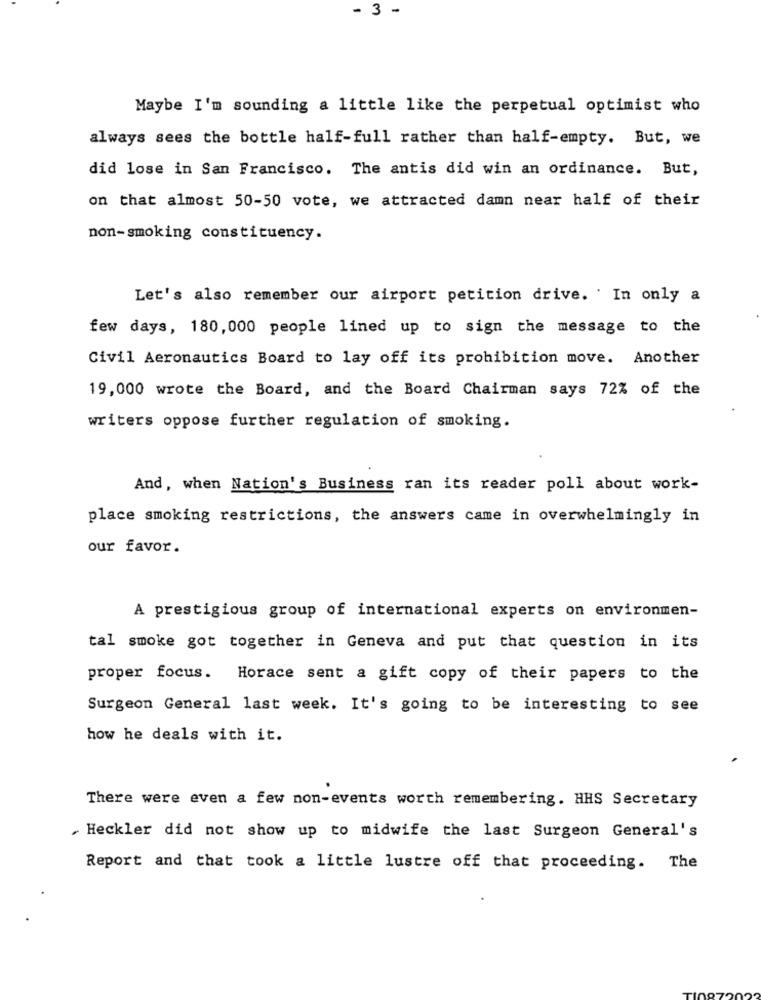
- 3 -
Maybe I'm sounding a little like the perpetual optimist who
always sees the bottle half-full rather than half-empty. But, we
did lose in San Francisco. The antis did win an ordinance. But,
on that almost 50-50 vote, we attracted damn near half of their
non-smoking constituency.
Let's also remember our airport petition drive. ' In only a
few days, 180, 000 people lined up to sign the message to the
Civil Aeronautics Board to lay off its prohibition move. Another
19,000 wrote the Board, and the Board Chairman says 72% of the
writers oppose further regulation of smoking.
And, when Nation's Business ran its reader poll about work-
place smoking restrictions, the answers came in overwhelmingly in
our favor.
A prestigious group of international experts on environmen-
tal smoke got together in Geneva and put that question in its
proper focus. Horace sent a gift copy of their papers to the
Surgeon General last week. It's going to be interesting to see
how he deals with it.
There were even a few non-events worth remembering. HHS Secretary
. Heckler did not show up to midwife the last Surgeon General's
Report and that took a little lustre off that proceeding. The